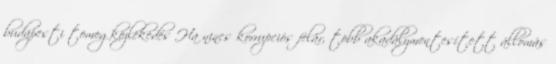
budapesti tömegközlekedés Ha nincs korrupciós felár, több akadálymentesített állomás